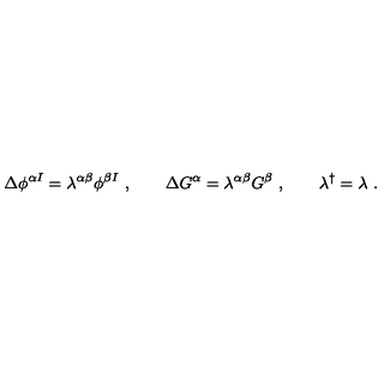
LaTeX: \Delta \phi ^ { \alpha I } = \lambda ^ { \alpha \beta } \phi ^ { \beta I } \ , \qquad \Delta G ^ { \alpha } = \lambda ^ { \alpha \beta } G ^ { \beta } \ , \qquad \lambda ^ { \dagger } = \lambda \ .